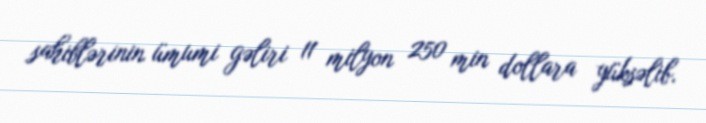
sahiblərinin ümumi gəliri 11 milyon 250 min dollara yüksəlib.